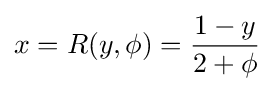
x=R(y,\phi )={\frac {1-y}{2+\phi }}